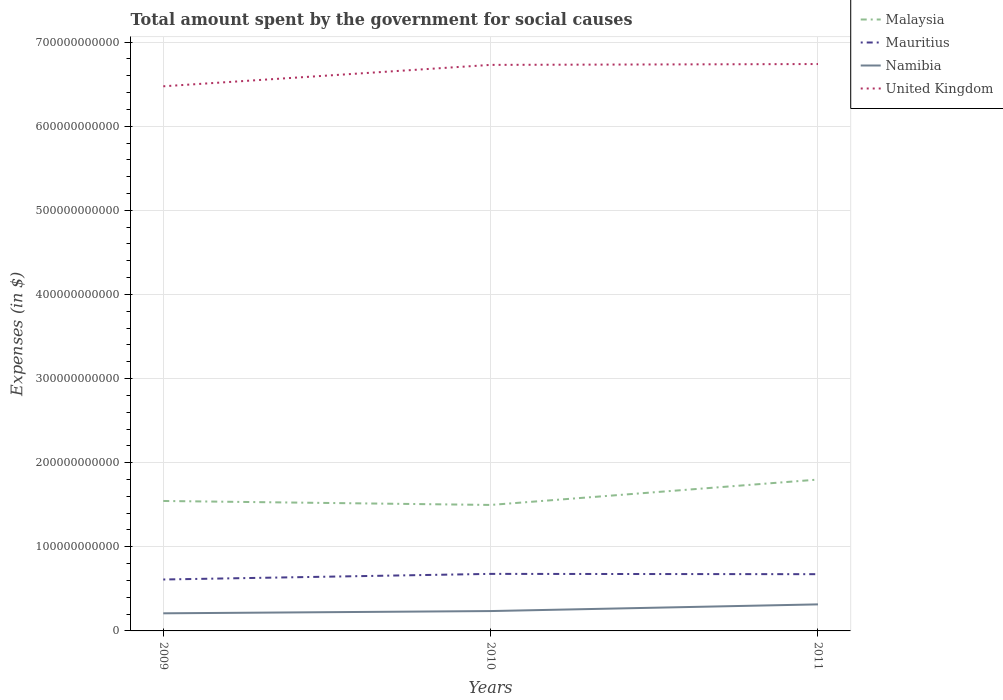
| Years | Malaysia | Mauritius | Namibia | United Kingdom |
 | --- | --- | --- | --- | --- |
 | 2009 | 1.54e+11 | 6.11e+10 | 2.09e+10 | 6.47e+11 |
 | 2010 | 1.5e+11 | 6.78e+10 | 2.36e+10 | 6.73e+11 |
 | 2011 | 1.8e+11 | 6.75e+10 | 3.16e+10 | 6.74e+11 |